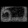
Digit: ၈